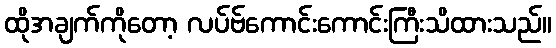
ထိုအချက်ကိုတော့ လပ်ဗ်ကောင်းကောင်းကြီးသိထားသည်။